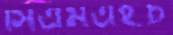
সিএমএইচ